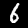
Digit: 6